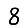
Digit: 8